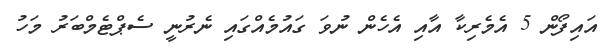
އައިފޯން 5 އެމެރިކާ އާއި އެހެން ނުވަ ގައުމެއްގައި ނެރުނީ ސެޕްޓެމްބަރު މަހު